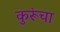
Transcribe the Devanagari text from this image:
कुरूंचा